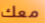
معك